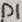
Text: D1